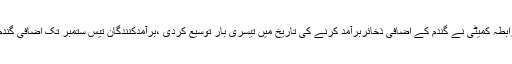
2015ء) اقتصادی رابطہ کمیٹی نے گندم کے اضافی ذخائربرآمد کرنے کی تاریخ میں تیسری بار توسیع کردی ،برآمدکنندگان تیس ستمبر تک اضافی گندم برآمد کرسکیں گے۔